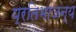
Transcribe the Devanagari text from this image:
प्रतिभाजन्य